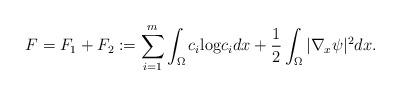
LaTeX: \begin{align*}F & = F_1+F_2: =\sum_{i=1}^m \int_{\Omega} c_i {\rm log} c_i dx +\frac{1}{2} \int_{\Omega}|\nabla_x \psi|^2 dx.\end{align*}